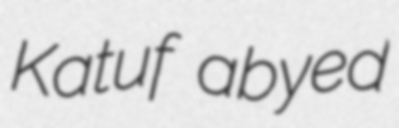
Katuf abyed